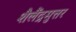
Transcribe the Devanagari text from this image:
शैलैंद्रमुत्तर